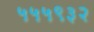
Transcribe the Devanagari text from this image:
५५५९३२